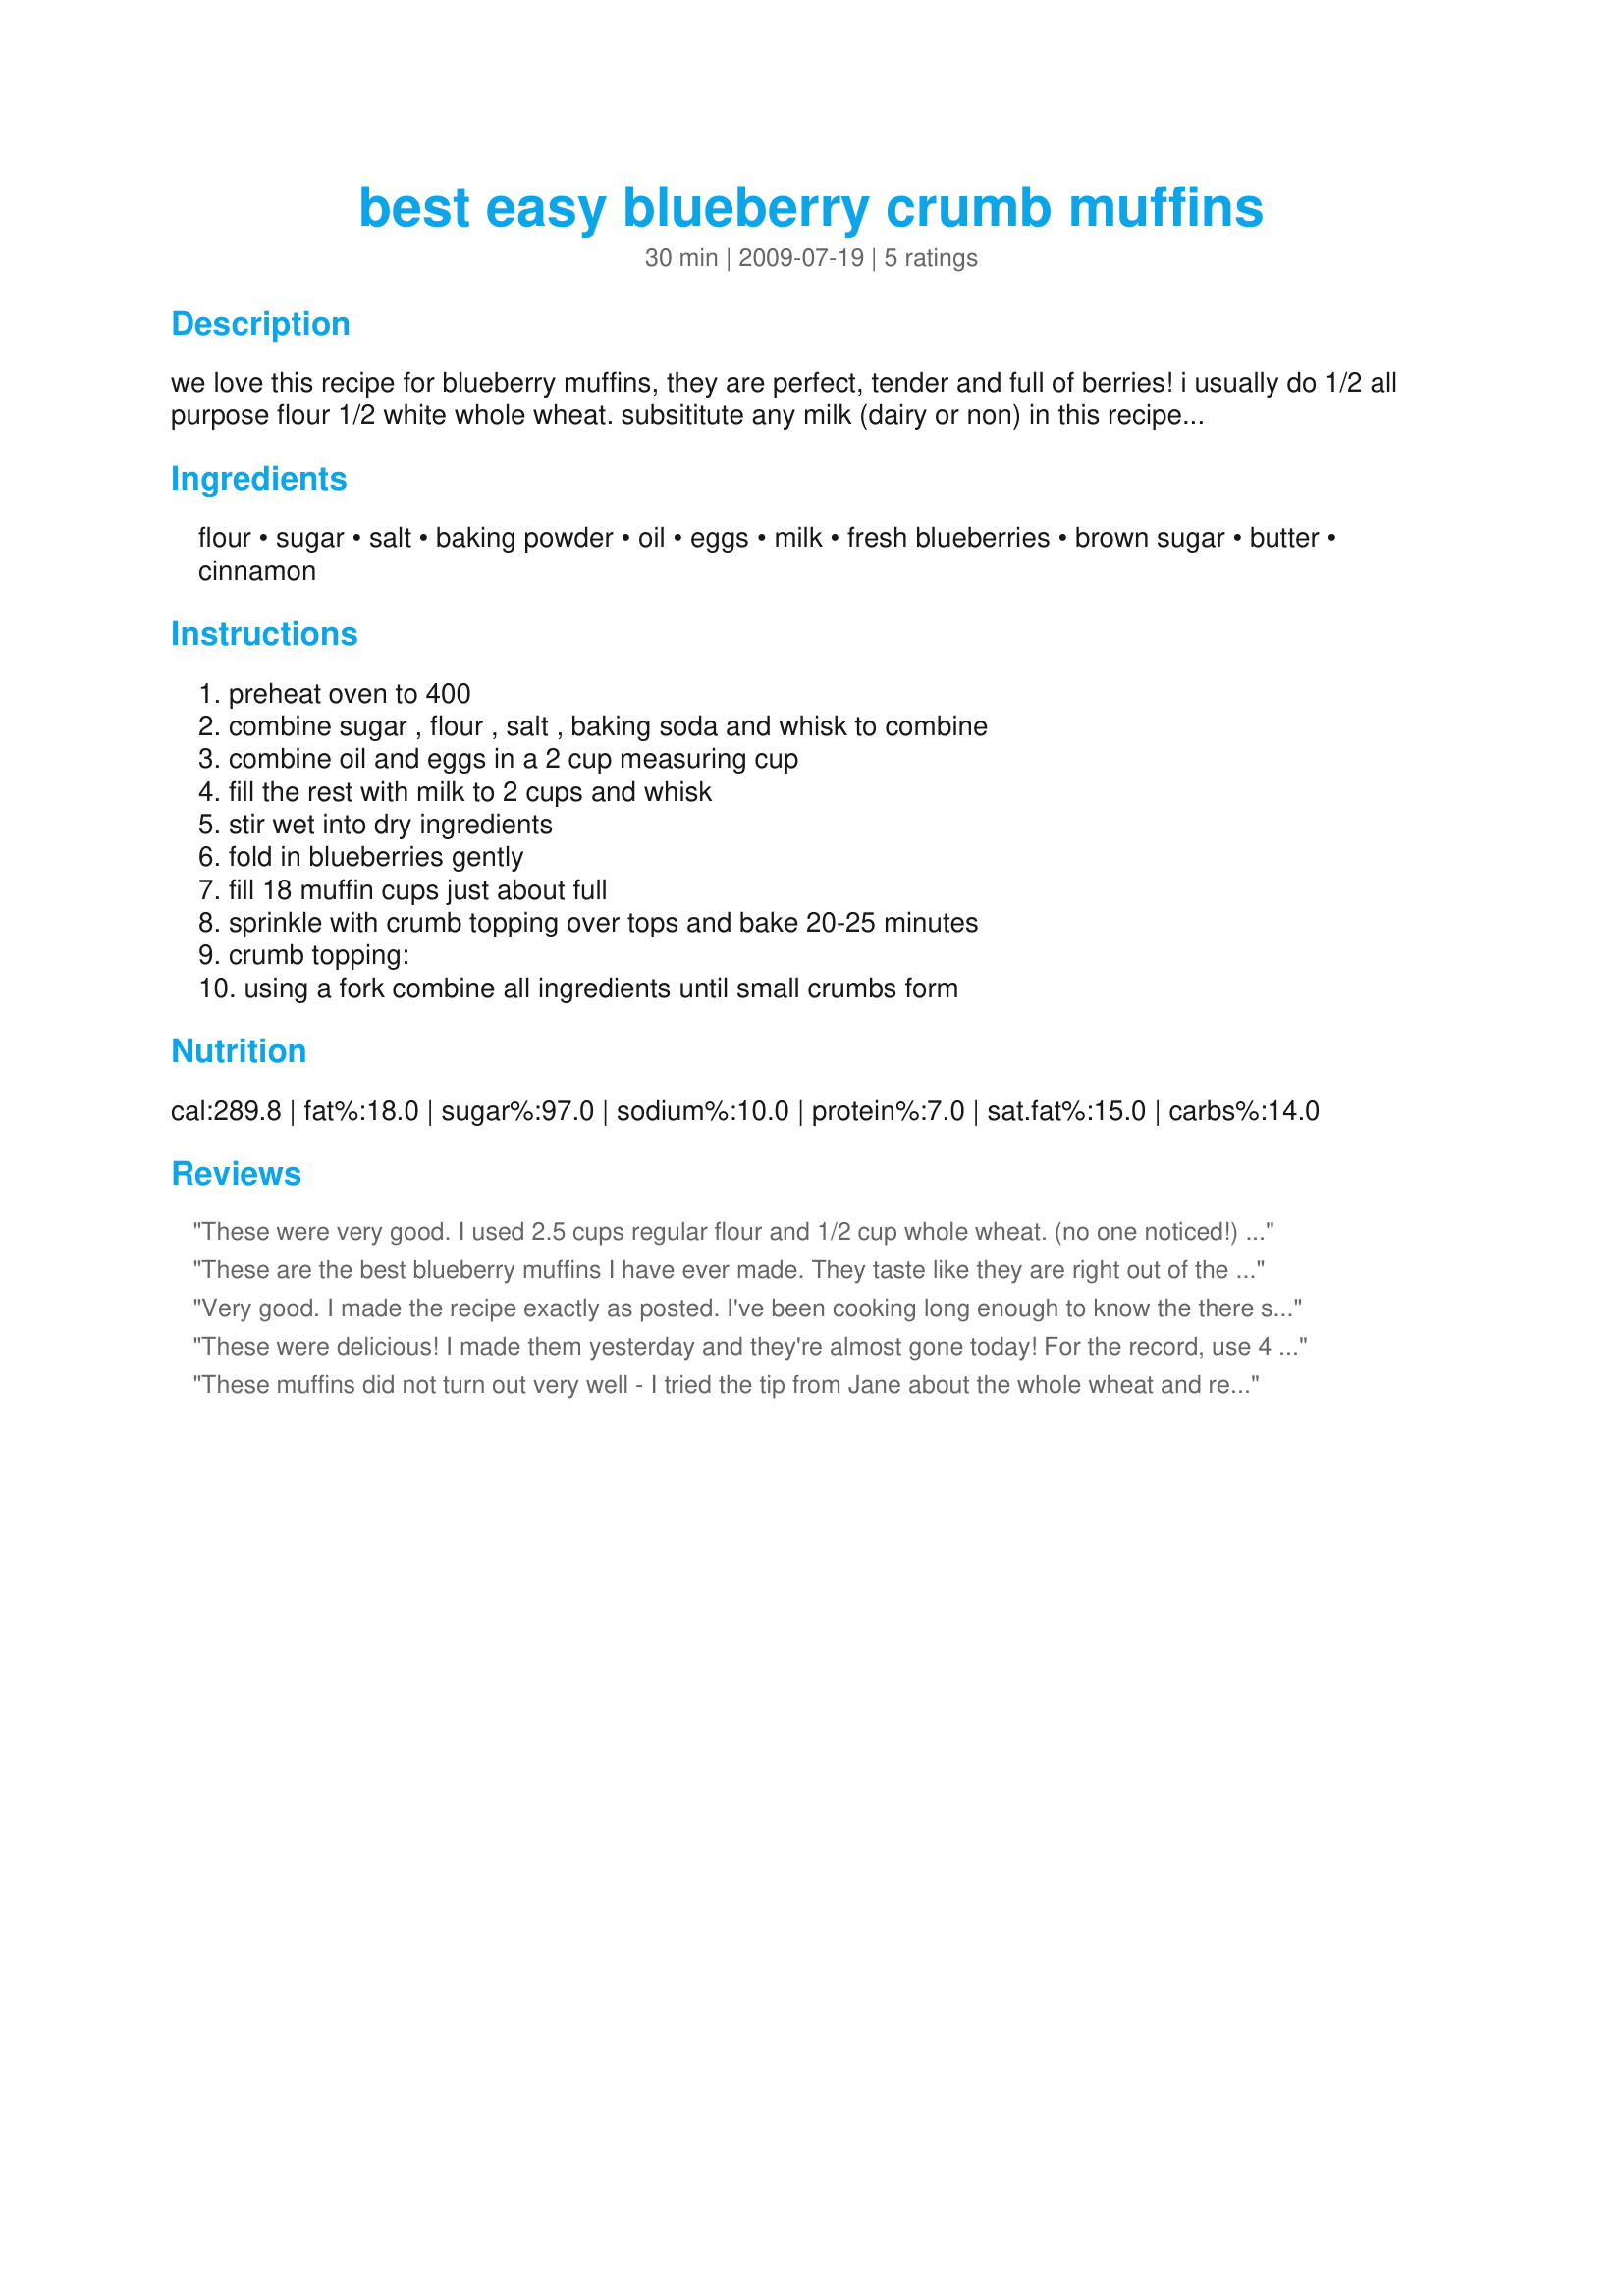
best easy blueberry crumb muffins
Preparation time: 30 minutes

we love this recipe for blueberry muffins, they are perfect, tender and full of berries! i usually do 1/2 all purpose flour 1/2 white whole wheat. subsititute any milk (dairy or non) in this recipe and it works fine. *** i edited to change the mistake- it should be baking powder in step 2, not soda :)

Ingredients:
flour, sugar, salt, baking powder, oil, eggs, milk, fresh blueberries, brown sugar, butter, cinnamon

Steps:
preheat oven to 400, combine sugar , flour , salt , baking soda and whisk to combine, combine oil and eggs in a 2 cup measuring cup, fill the rest with milk to 2 cups and whisk, stir wet into dry ingredients, fold in blueberries gently, fill 18 muffin cups just about full, sprinkle with crumb topping over tops and bake 20-25 minutes, crumb topping:, using a fork combine all ingredients until small crumbs form

Reviews:
These were very good. I used 2.5 cups regular flour and 1/2 cup whole wheat. (no one noticed!) Also added a little oatmeal to the topping and probably a little more blueberries than 2 cups. Cooked for 25 minutes. Very yummy.
These are the best blueberry muffins I have ever made. They taste like they are right out of the bakery oven. This is now my go to recipe !
Very good. I made the recipe exactly as posted. I've been cooking long enough to know the there should be a correction in step two to read baking powder not soda. Big raves on these muffins which by the way were made from berries from my one lonely blueberry bush. For a while I used my photo, (glass plate & fork) as my profile pic. on facebook, my friends requested the recipe so it got passed on. Gotta keep a good thing going. <br/>Am thinking a few finely chopped pecans in the topping might make a nice praline crumb. Will have to give it a try.
These were delicious! I made them yesterday and they're almost gone today! For the record, use 4 teaspoons of baking power, not soda. Bake at 19 minutes. So good! I will definitely be making these again in the near future! Thank you thank you!
These muffins did not turn out very well - I tried the tip from Jane about the whole wheat and regular flours - the recipe stated baking powder in the ingredients and baking soda in the directions - I went with the baking powder - maybe that's the reason these flopped; nevertheless, I feel sure I won't attempt this recipe again.
